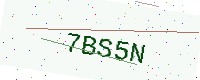
Text: 7BS5N